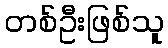
တစ်ဦးဖြစ်သူ